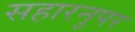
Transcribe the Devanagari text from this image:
सहारनुपर